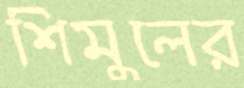
শিমুলের